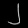
Digit: ၂